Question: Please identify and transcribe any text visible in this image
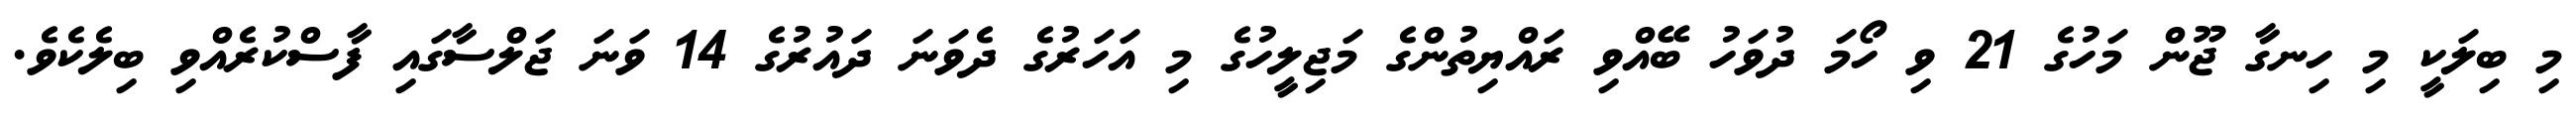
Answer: މި ބިލަކީ މި ހިނގާ ޖޫން މަހުގެ 21 ވި ހޯމަ ދުވަހު ބޭއްވި ރައްޔިތުންގެ މަޖިލީހުގެ މި އަހަރުގެ ދެވަނަ ދައުރުގެ 14 ވަނަ ޖަލްސާގައި ފާސްކުރެއްވި ބިލެކެވެ.